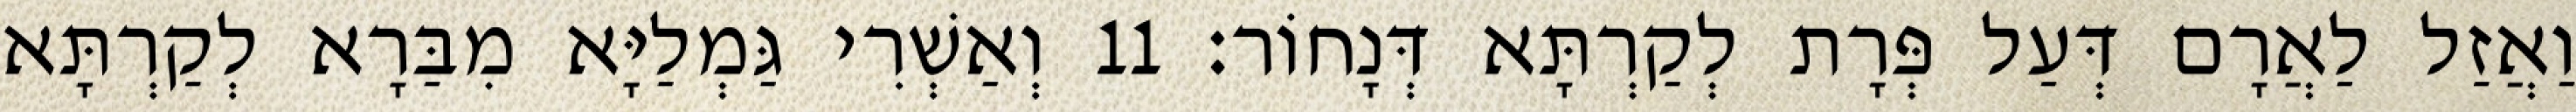
וַאֲזַל לַאֲרָם דְּעַל פְּרָת לְקַרְתָּא דְּנָחוֹר׃ 11 וְאַשְׁרִי גַּמְלַיָּא מִבַּרָא לְקַרְתָּא